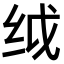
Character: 𬘙